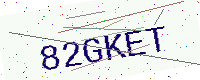
Text: 82GKET